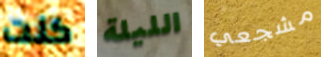
كنت الليلة مشجعي